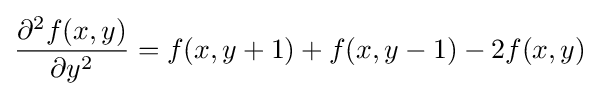
{\frac {\partial ^{2}f(x,y)}{\partial y^{2}}}=f(x,y+1)+f(x,y-1)-2f(x,y)